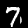
Label: 7